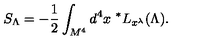
S _ { \Lambda } = - { \frac { 1 } { 2 } } \int _ { M ^ { 4 } } d ^ { 4 } x \ ^ { * } L _ { x ^ { \lambda } } ( \Lambda ) .